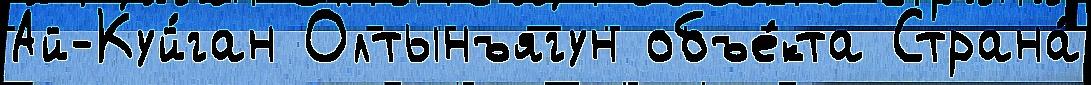
Ай-Куй́ган Олтынъягун объе́кта Страна́